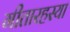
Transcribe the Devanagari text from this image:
गीतारहस्या